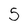
Character: 5